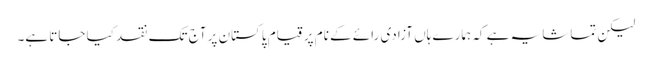
لیکن تماشا یہ ہے کہ ہمارے ہاں آزادی رائے کے نام پر قیام پاکستان پر آج تک نقد کیا جاتا ہے۔